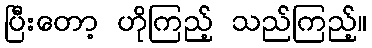
ပြီးတော့ ဟိုကြည့် သည်ကြည့်။